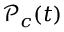
\mathcal { P } _ { c } ( t )